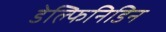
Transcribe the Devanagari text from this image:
डेल्फिनिडिन